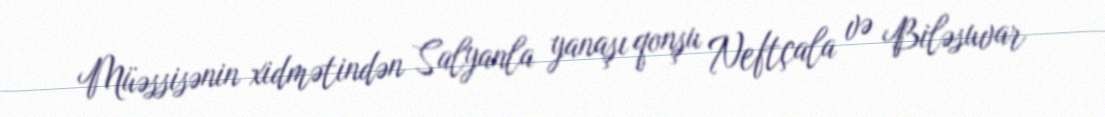
Müəssisənin xidmətindən Salyanla yanaşı qonşu Neftçala və Biləsuvar